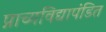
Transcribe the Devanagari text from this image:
प्राच्यविद्यापंडित